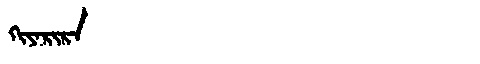
Manchu: ᡴᡳᠶᠠᡵᡳᡵᠠ
Romanization: KIYARIRA